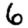
Digit: 6